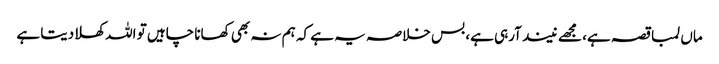
ماں لمبا قصہ ہے، مجھے نیند آرہی ہے، بس خلاصہ یہ ہے کہ ہم نہ بھی کھانا چاہیں تو اللہ کھلادیتا ہے